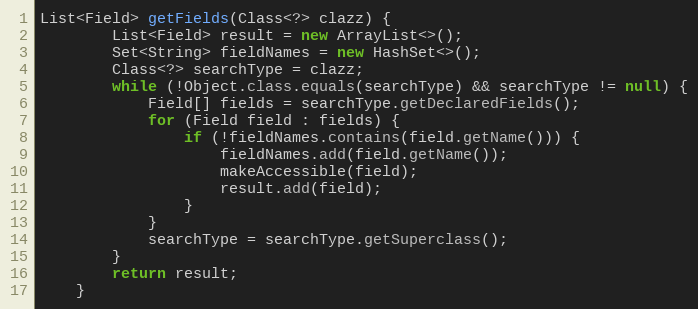
Language: Java
List<Field> getFields(Class<?> clazz) {
        List<Field> result = new ArrayList<>();
        Set<String> fieldNames = new HashSet<>();
        Class<?> searchType = clazz;
        while (!Object.class.equals(searchType) && searchType != null) {
            Field[] fields = searchType.getDeclaredFields();
            for (Field field : fields) {
                if (!fieldNames.contains(field.getName())) {
                    fieldNames.add(field.getName());
                    makeAccessible(field);
                    result.add(field);
                }
            }
            searchType = searchType.getSuperclass();
        }
        return result;
    }